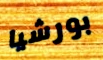
بورشيا